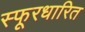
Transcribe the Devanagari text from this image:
स्फूरधारित